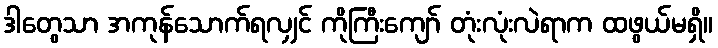
ဒါတွေသာ အကုန်သောက်ရလျှင် ကိုကြီးကျော် တုံးလုံးလဲရာက ထဖွယ်မရှိ။